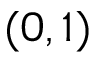
( 0 , 1 )